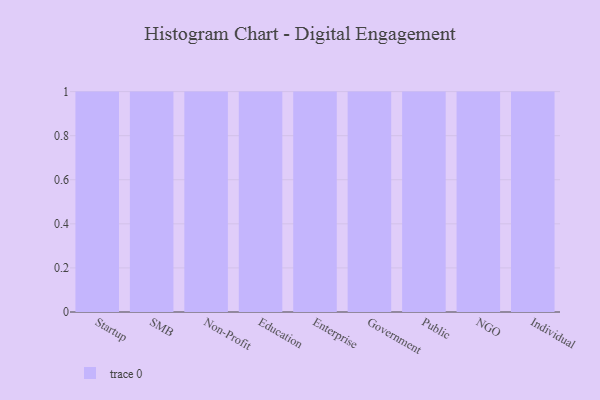
{"axis": {"x": "Segment", "y": "Market Share (%)"}, "legend": [""], "data": [{"x": "Startup", "y": 65, "type": ""}, {"x": "SMB", "y": 22, "type": ""}, {"x": "Non-Profit", "y": 23, "type": ""}, {"x": "Education", "y": 98, "type": ""}, {"x": "Enterprise", "y": 67, "type": ""}, {"x": "Government", "y": 61, "type": ""}, {"x": "Public", "y": 70, "type": ""}, {"x": "NGO", "y": 22, "type": ""}, {"x": "Individual", "y": 52, "type": ""}]}